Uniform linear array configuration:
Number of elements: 12
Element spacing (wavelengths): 0.25
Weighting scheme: hann
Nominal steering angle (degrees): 60
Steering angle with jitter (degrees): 59.249
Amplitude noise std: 0.05
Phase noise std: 0.05

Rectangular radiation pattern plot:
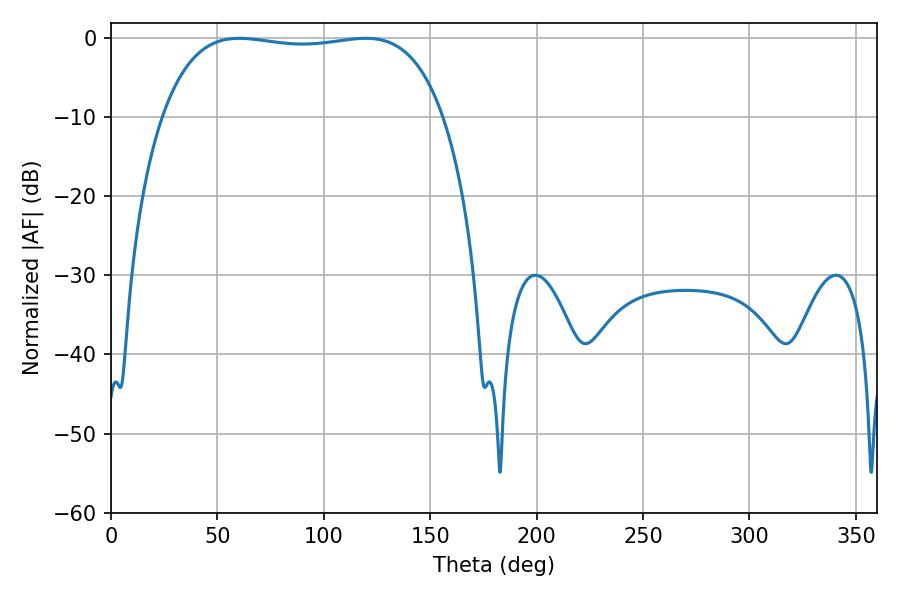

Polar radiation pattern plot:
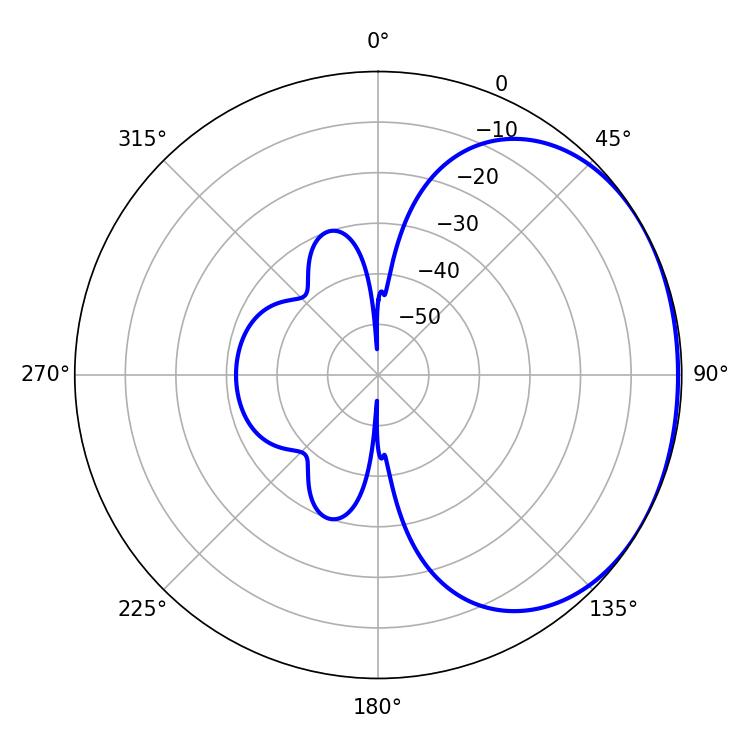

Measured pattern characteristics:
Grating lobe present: FALSE
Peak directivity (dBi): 1.282
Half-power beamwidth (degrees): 105.48
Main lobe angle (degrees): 60.3